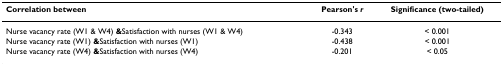
<table><thead><tr><td><b>Correlation between</b></td><td><b>Pearson&#x27;s <i>r</i></b></td><td><b>Significance (two-tailed)</b></td></tr></thead><tbody><tr><td>Nurse vacancy rate (W1 &amp; W4) <b>&amp;</b>Satisfaction with nurses (W1 &amp; W4)</td><td>-0.343</td><td>&lt; 0.001</td></tr><tr><td>Nurse vacancy rate (W1) <b>&amp;</b>Satisfaction with nurses (W1)</td><td>-0.438</td><td>&lt; 0.001</td></tr><tr><td>Nurse vacancy rate (W4) <b>&amp;</b>Satisfaction with nurses (W4)</td><td>-0.201</td><td>&lt; 0.05</td></tr></tbody></table>